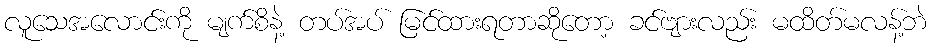
လူသေအလောင်းကို မျက်စိနဲ့ တပ်အပ် မြင်ထားရတာဆိုတော့ ခင်ဗျားလည်း မထိတ်မလန့်ဘဲ